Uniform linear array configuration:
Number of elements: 32
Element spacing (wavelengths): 1
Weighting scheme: kaiser
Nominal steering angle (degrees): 0
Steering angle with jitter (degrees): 1.139
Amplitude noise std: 0.05
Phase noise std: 0.05

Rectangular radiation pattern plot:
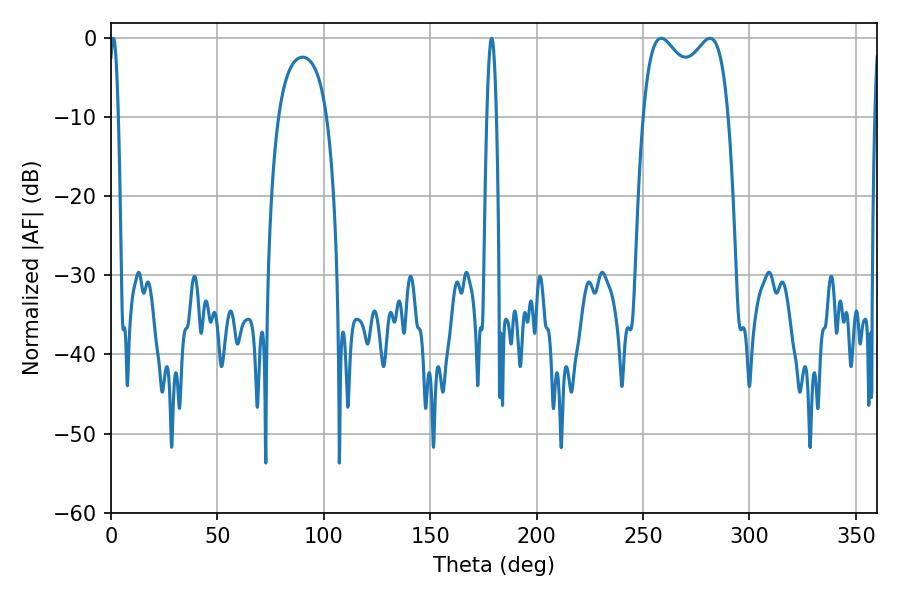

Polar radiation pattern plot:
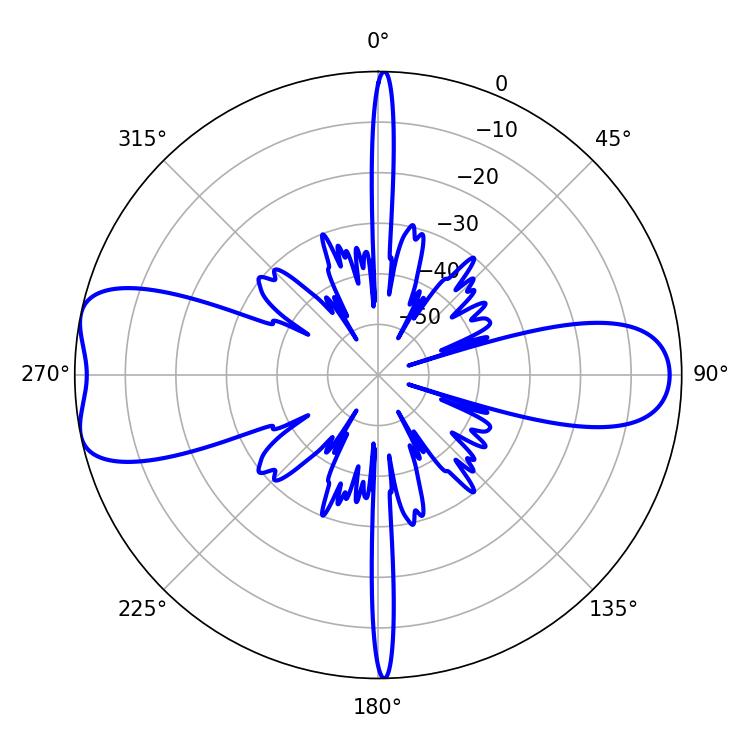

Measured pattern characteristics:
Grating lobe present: TRUE
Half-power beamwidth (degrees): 33.48
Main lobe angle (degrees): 258.48